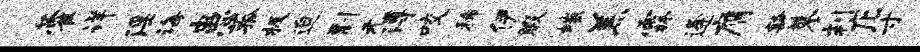
藿详淫诲患菰极迫剽无溥咬稀伊暇嗤羔霖逄膺豁蓼判庀寸